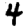
Digit: 4